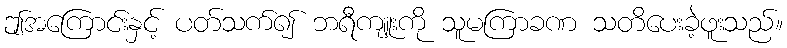
ဤအကြောင်းနှင့် ပတ်သက်၍ ဘရီကျူးကို သူမကြာခဏ သတိပေးခဲ့ဖူးသည်။